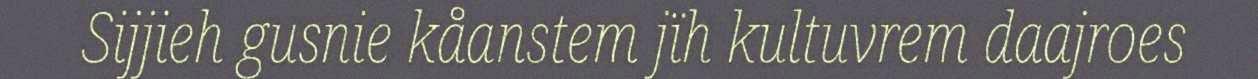
Sijjieh gusnie kåanstem jïh kultuvrem daajroes